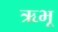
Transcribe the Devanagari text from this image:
ऋभू